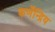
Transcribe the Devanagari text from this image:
कर्णेन्द्रिय